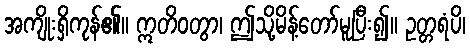
အကျိုးရှိကုန်၏။ ဣတိဝတွာ၊ ဤသို့မိန့်တော်မူပြီး၍။ ဥတ္တရံပိ၊